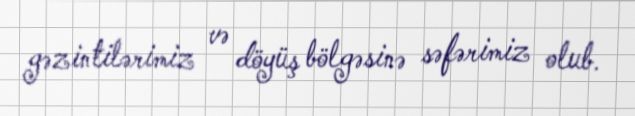
gəzintilərimiz və döyüş bölgəsinə səfərimiz olub.